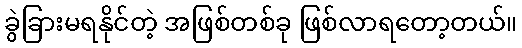
ခွဲခြားမရနိုင်တဲ့ အဖြစ်တစ်ခု ဖြစ်လာရတော့တယ်။